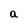
Character: a